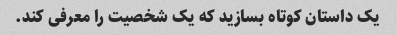
یک داستان کوتاه بسازید که یک شخصیت را معرفی کند.